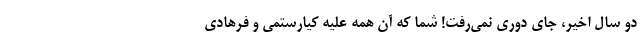
دو سال اخیر، جای دوری نمی‌رفت! شما که آن همه علیه کیارستمی و فرهادی